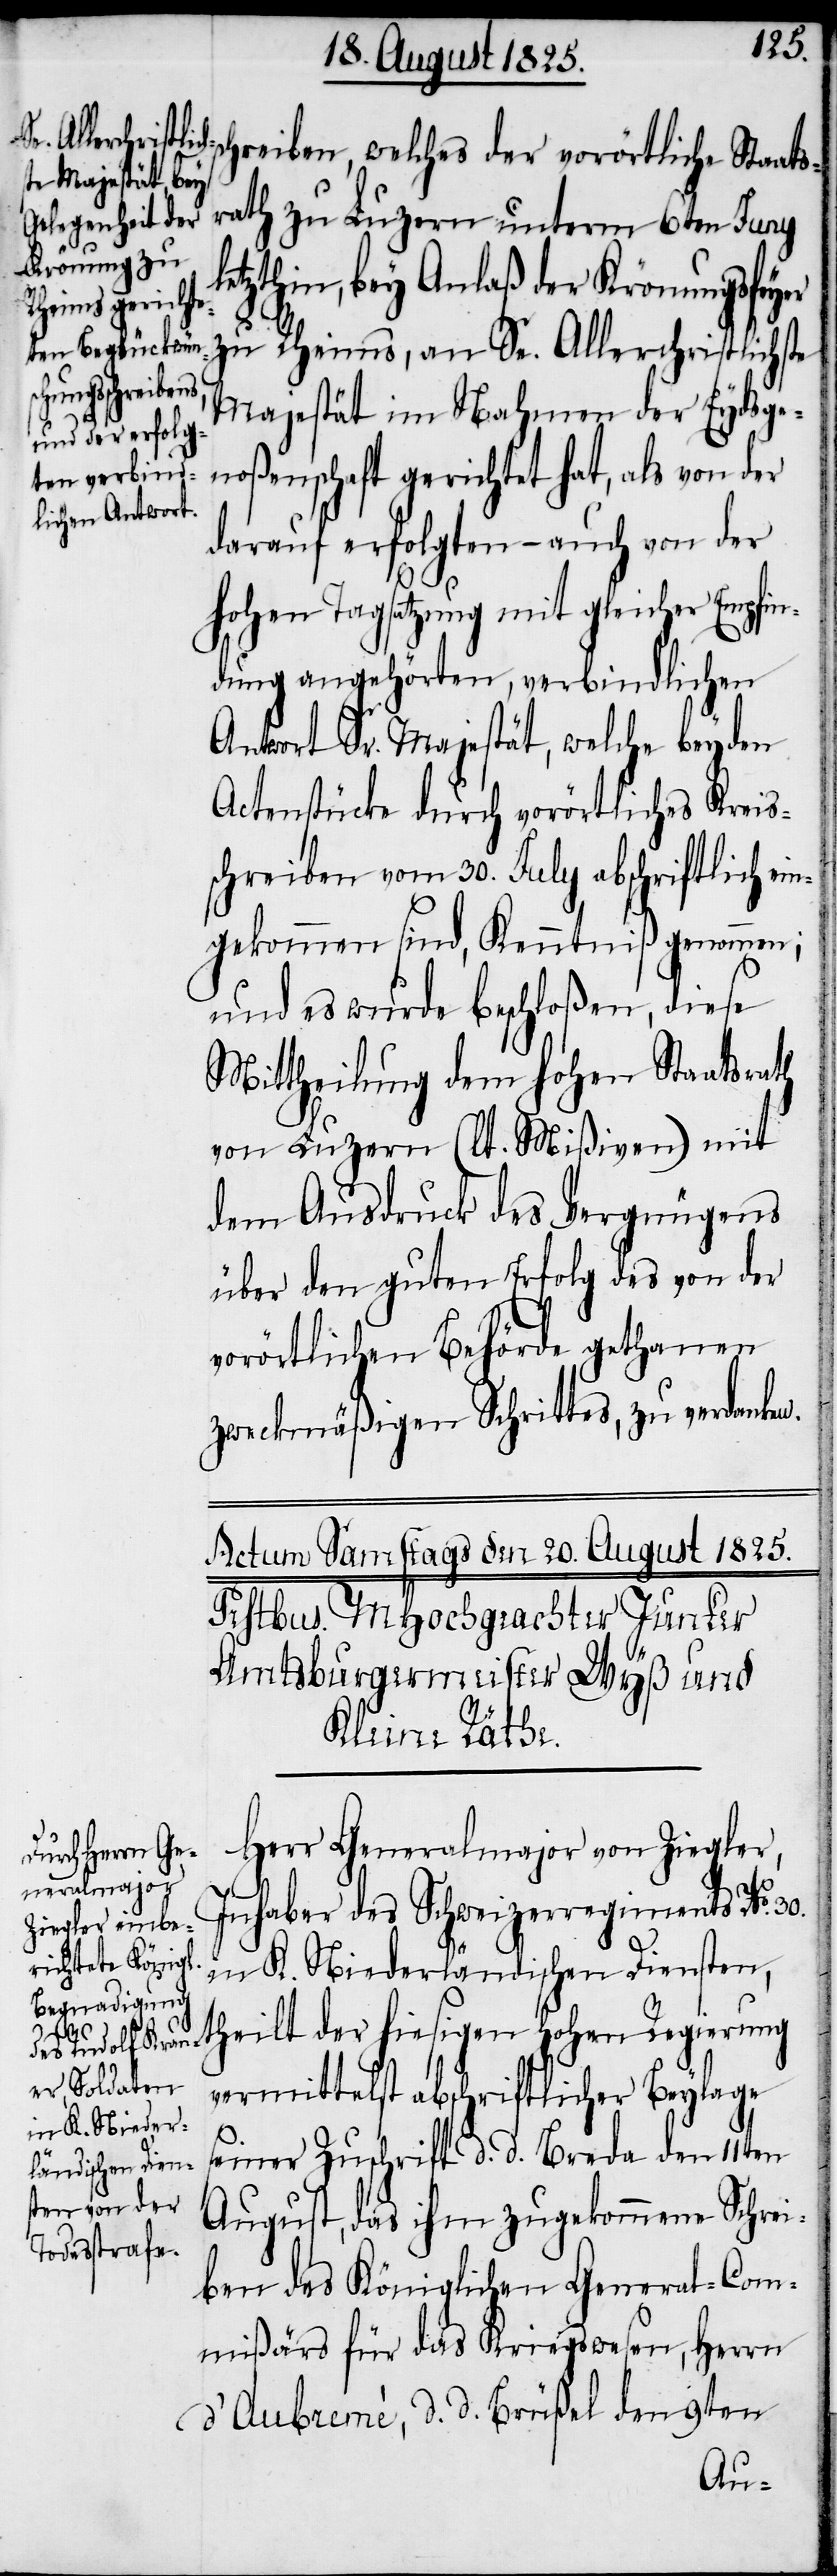
schreiben, welches der vorörtliche Staats¬
rath zu Luzern unterm 6ten Juny
etzthin, bey Anlaß der Krönungsfeyer
zu Rheims, an Se. Allerchristlichste
Majestät im Nahmen der Eydsge¬
noßenschaft gerichtet hat, als von der
darauf erfolgten – auch von der
hohen Tagsatzung mit gleicher Empfin¬
dung angehörten, verbindlichen
Antwort Sr. Majestät, welche bey den
Actenstücke durch vorörtliches Kreis¬
schreiben vom 30. July abschriftlich ei¬
ngekommen sind, Kenntniß genommen;
und es wurde beschloßen, diese
Mittheilung dem hohen Staatsrath
von Luzern (lt. Mißiven) mit
dem Ausdruck des Vergnügens
über den guten Erfolg des von der
vorörtlichen Behörde gethanen
zweckmäßigen Schrittes, zu verdanken.
Herr Generalmajor von Ziegler,
Inhaber des Schweizerregiments No.
und K. Niederländischen Diensten,
30.
theilt der hiesigen hohen Regierung
vermittelst abschriftlicher Beylage
l¬
seiner Zuschrift d. d. Breda den 11ten
August, das ihm zugekommene Schrei¬
ben des Königlichen General-Com¬
ißärs für das Kriegswesen, Herrn
d'Aubremè, d. d. Brüßel den 9ten